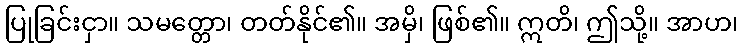
ပြုခြင်းငှာ။ သမတ္တော၊ တတ်နိုင်၏။ အမှိ၊ ဖြစ်၏။ ဣတိ၊ ဤသို့။ အာဟ၊